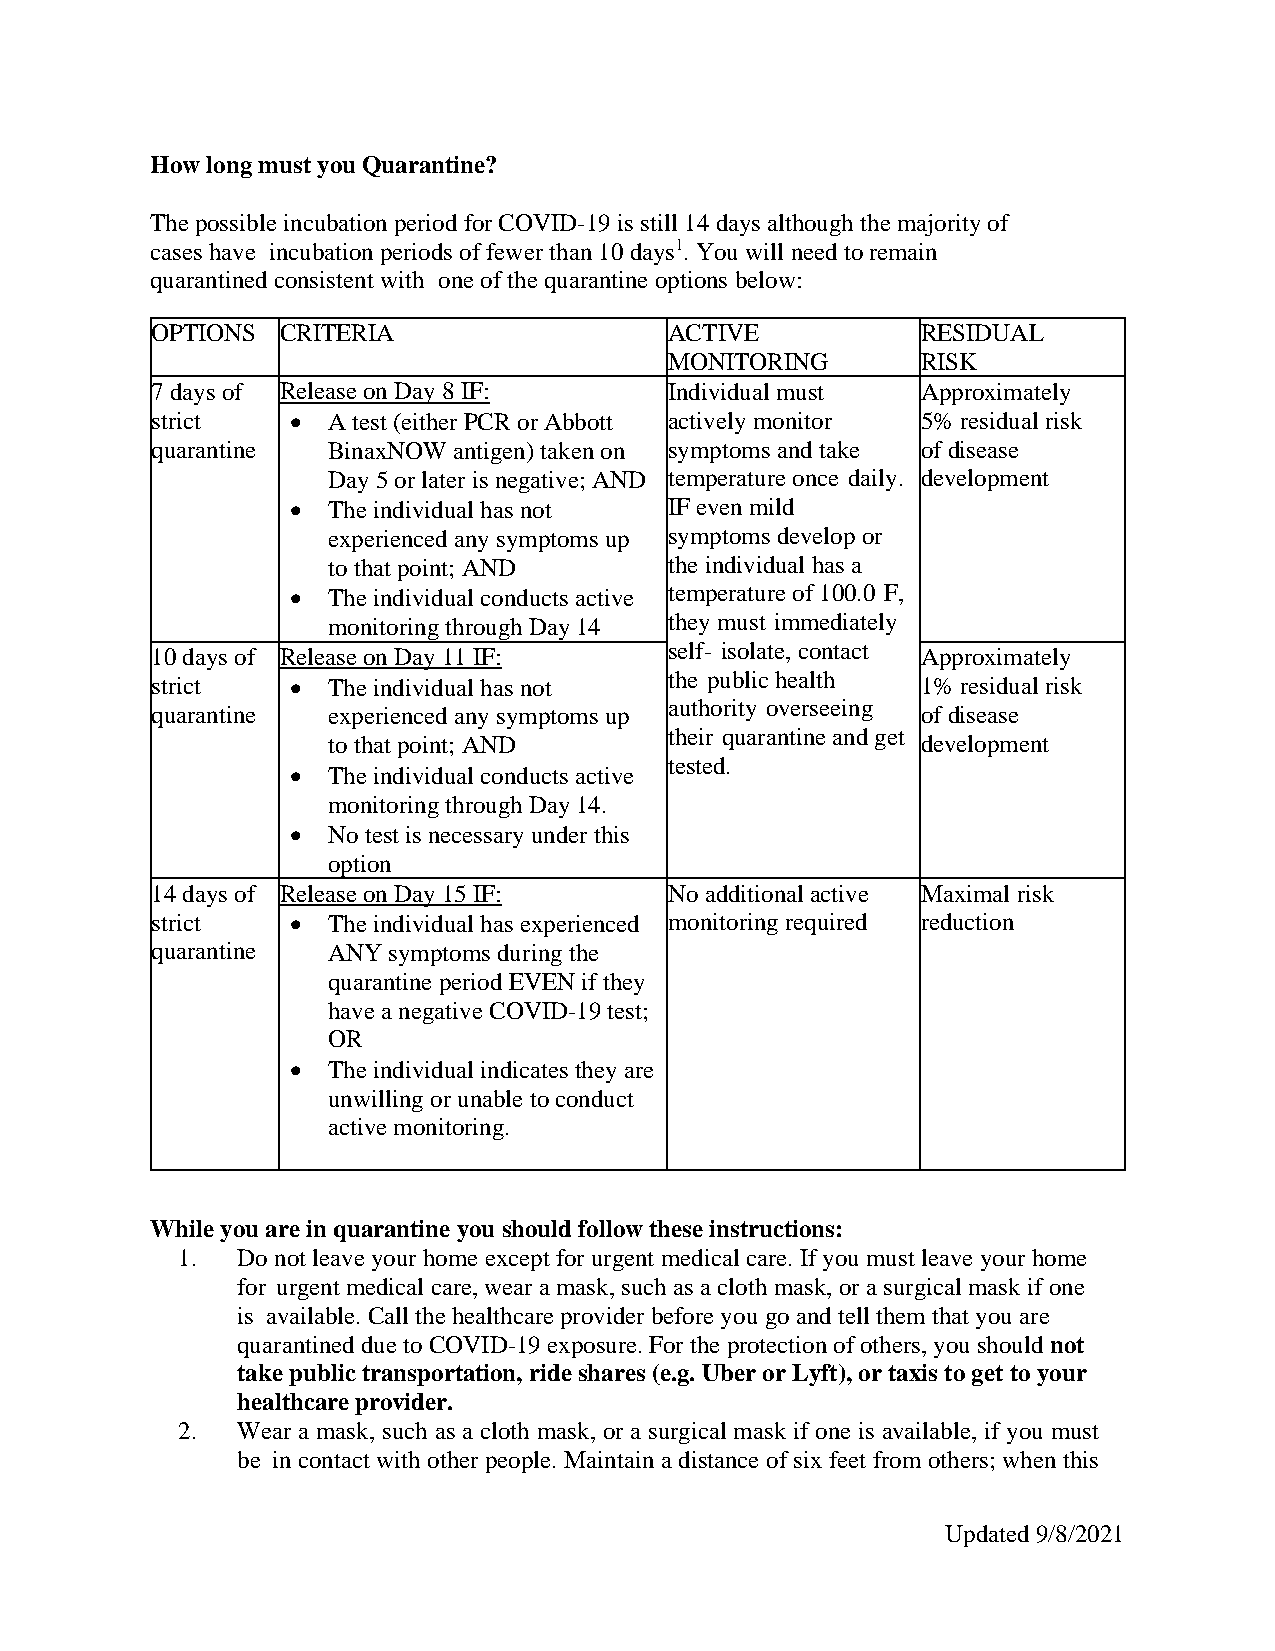
How long must you Quarantine?
 The possible incubation period for COVID-19 is still 14 days although the majority of
 cases have incubation periods of fewer than 10 days1. You will need to remain
 quarantined consistent with one of the quarantine options below:
 OPTIONS  CRITERIA                 ACTIVE           RESIDUAL
 MONITORING       RISK
 7 days of Release on Day 8 IF:    Individual must  Approximately
 strict   •  A test (either PCR or Abbott actively monitor 5% residual risk
 quarantine  BinaxNOW antigen) taken on symptoms and take of disease
 Day 5 or later is negative; AND temperature once daily. development
 •  The individual has not IF even mild
 experienced any symptoms up symptoms develop or
 to that point; AND    the individual has a
 •  The individual conducts active temperature of 100.0 F,
 monitoring through Day 14 they must immediately
 10 days of Release on Day 11 IF:  self- isolate, contact Approximately
 strict   •  The individual has not the public health 1% residual risk
 authority overseeing
 quarantine  experienced any symptoms up            of disease
 their quarantine and get
 to that point; AND                     development
 tested.
 •  The individual conducts active
 monitoring through Day 14.
 •  No test is necessary under this
 option
 14 days of Release on Day 15 IF:  No additional active Maximal risk
 strict   •  The individual has experienced monitoring required reduction
 quarantine  ANY symptoms during the
 quarantine period EVEN if they
 have a negative COVID-19 test;
 OR
 •  The individual indicates they are
 unwilling or unable to conduct
 active monitoring.
 While you are in quarantine you should follow these instructions:
 1.  Do not leave your home except for urgent medical care. If you must leave your home
 for urgent medical care, wear a mask, such as a cloth mask, or a surgical mask if one
 is available. Call the healthcare provider before you go and tell them that you are
 quarantined due to COVID-19 exposure. For the protection of others, you should not
 take public transportation, ride shares (e.g. Uber or Lyft), or taxis to get to your
 healthcare provider.
 2.  Wear a mask, such as a cloth mask, or a surgical mask if one is available, if you must
 be in contact with other people. Maintain a distance of six feet from others; when this
 Updated 9/8/2021